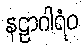
နဠာဂါရံဝ